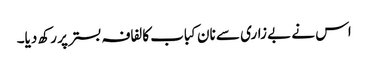
اس نے بے زاری سے نان کباب کا لفافہ بستر پر رکھ دیا۔